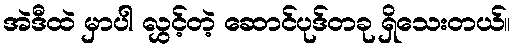
အဲဒီထဲ မှာပါ လွှင့်တဲ့ ဆောင်ပုဒ်တခု ရှိသေးတယ်။